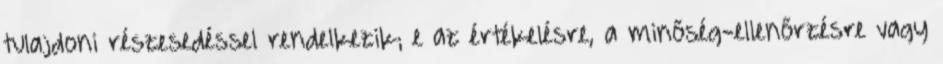
tulajdoni részesedéssel rendelkezik; e az értékelésre, a minőség-ellenőrzésre vagy